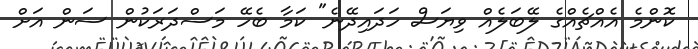
ކޮންމެ އެއްޗެއްގެ ލޭބަލެއް ވިޔަސް ހަދައިދޭނެ" ކަމާ ބެހޭ މަސްދަރަކުން ސަން އަށް